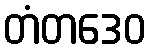
တံတဒေဝ